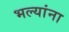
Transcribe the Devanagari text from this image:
भल्यांना